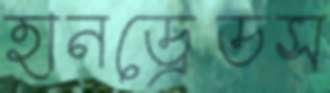
হানড্রেডস